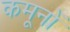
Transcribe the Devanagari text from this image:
कमूनों